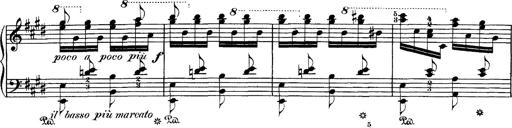
Title: Hungarian Rhapsody No.1
Composer: Franz Liszt
Key: C-sharp minor